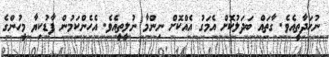
ނުހަދާތީއެވެ. ގާތައް ބަދަލުކޮށް އެމަގު އެއްކޮށް ނިންމާ ނުލީތީއެވެ. އެހެންކަމުން ފާޑުކިޔާ މީހުންގެ